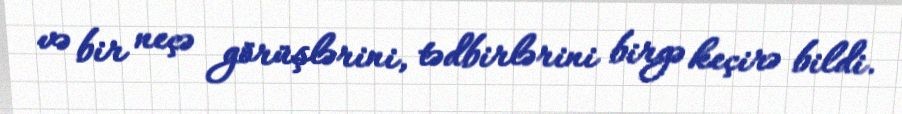
və bir neçə görüşlərini, tədbirlərini birgə keçirə bildi.